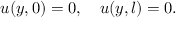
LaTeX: u ( y , 0 ) = 0 , \quad u ( y , l ) = 0 .